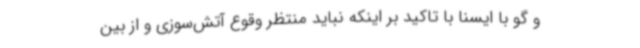
و گو با ایسنا با تاکید بر اینکه نباید منتظر وقوع آتش‌سوزی و از بین